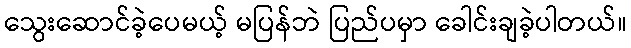
သွေးဆောင်ခဲ့ပေမယ့် မပြန်ဘဲ ပြည်ပမှာ ခေါင်းချခဲ့ပါတယ်။